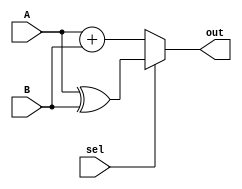
module alu (
   input [15:0] A, B,  // ALU 16-bit Inputs                 
   input sel, // ALU Operation Selection
   output [15:0] out   // ALU 16-bit Output
   );
    // Continuous assignment using a case statement with ternary operators
    assign out = (sel == 1'b0) ? (A + B) :          // ADD
                 (sel == 1'b1) ? (A ^ B) :          // XOR
                 16'b0;                             // Default case

endmodule